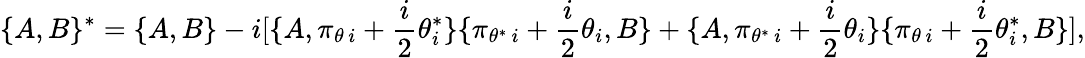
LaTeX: \lbrace A,B\rbrace{}^{*}=\lbrace A,B\rbrace-i[\lbrace A,\pi_{\theta\, i}+{\frac{i}{2}}\theta_{i}^{*}\rbrace\lbrace\pi_{\theta^{*}\, i}+{\frac{i}{2}}\theta_{i},B\rbrace+\lbrace A,\pi_{\theta^{*}\, i}+{\frac{i}{2}}\theta_{i}\rbrace\lbrace\pi_{\theta\, i}+{\frac{i}{2}}\theta_{i}^{*},B\rbrace],